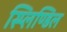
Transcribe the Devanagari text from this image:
स्प्लिण्डिल